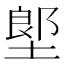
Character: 𡏅